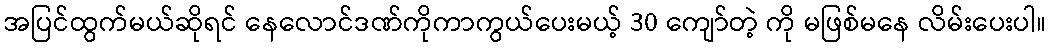
အပြင်ထွက်မယ်ဆိုရင် နေလောင်ဒဏ်ကိုကာကွယ်ပေးမယ့် 30 ကျော်တဲ့ ကို မဖြစ်မနေ လိမ်းပေးပါ။